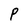
Character: P